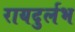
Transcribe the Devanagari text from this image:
रायदुर्लभ